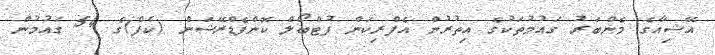
އޭޝިއާގެ މެންބަރު ގައުމުތަކުގެ އިތުރުން އެފްރިކަން ފުޓްބޯލް ކޮންފެޑްރޭޝަން (ކެފް)ގެ 54 ގައުމުން